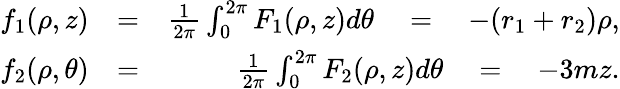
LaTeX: \begin{array}{rlr}{f_{1}(\rho,z)}&{=}&{\frac{1}{2\pi}\int_{0}^{2\pi}F_{1}(\rho,z)d\theta\quad=\quad-(r_{1}+r_{2})\rho,}\\ {f_{2}(\rho,\theta)}&{=}&{\frac{1}{2\pi}\int_{0}^{2\pi}F_{2}(\rho,z)d\theta\quad=\quad-3mz.}\end{array}